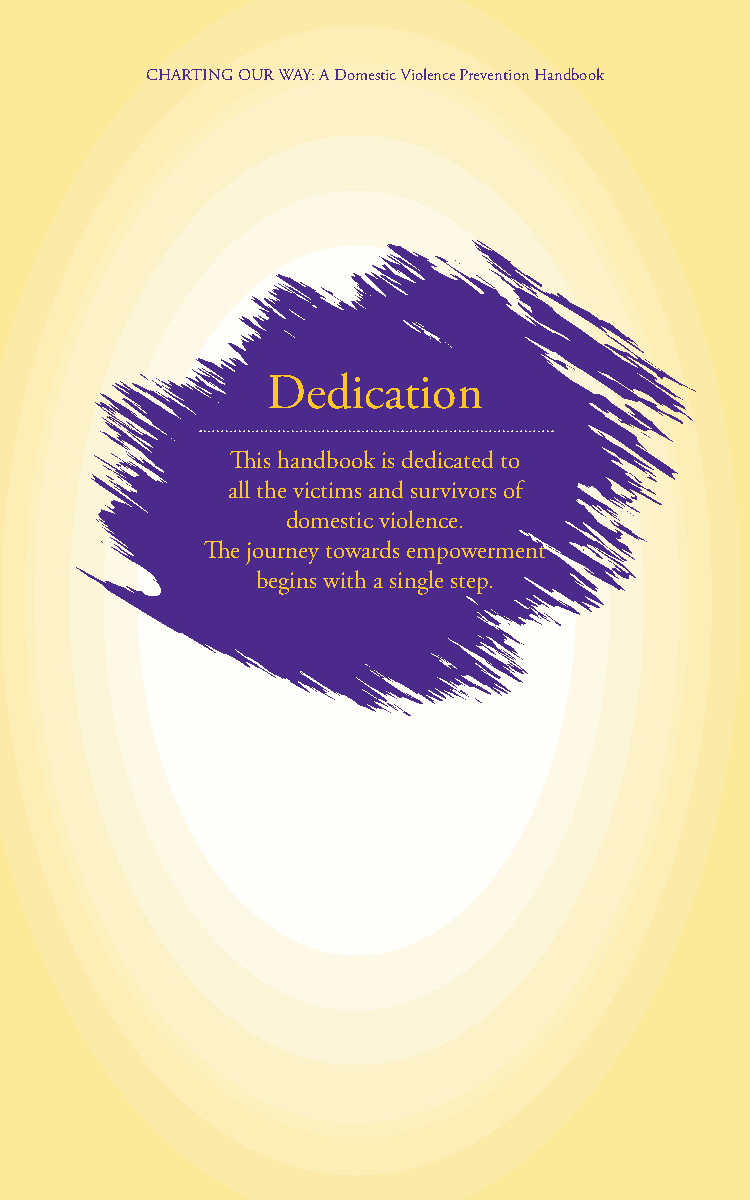
CHARTING OUR WAY: A Domestic Violence Prevention Handbook
 Dedication
 This handbook is dedicated to
 all the victims and survivors of
 domestic violence.
 The journey towards empowerment
 begins with a single step.